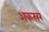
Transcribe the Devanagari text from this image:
अकस्रर